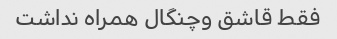
فقط قاشق وچنگال همراه نداشت